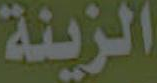
الزينة